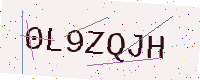
Text: 0L9ZQJH